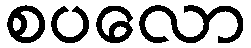
စပလော